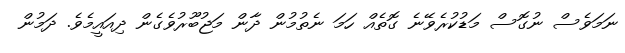
ނަމަވެސް ނުގޮސް މަޑުކުރެވޭނެ ގޮތެއް ހަމަ ނެތުމުން ދާން މަޖުބޫރުވެގެން ދިއައީމެވެ. ދަމުން